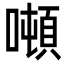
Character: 噸